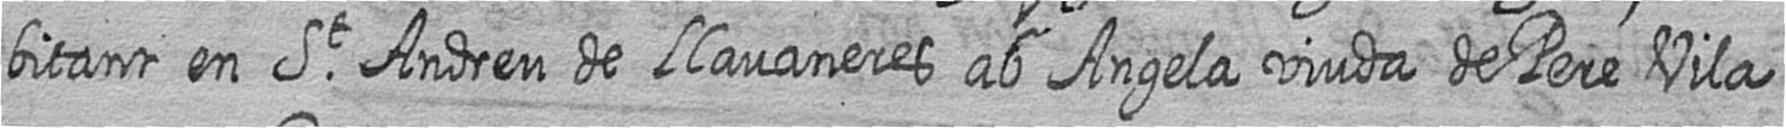
bitant en St Andreu de Llavaneres ab Angela viuda de Pere Vila